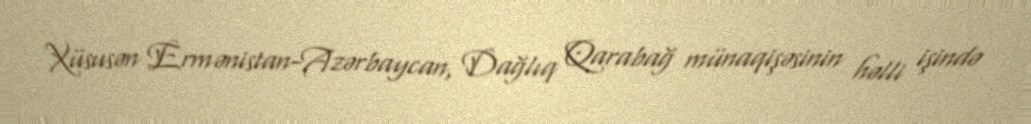
Xüsusən Ermənistan-Azərbaycan, Dağlıq Qarabağ münaqişəsinin həlli işində